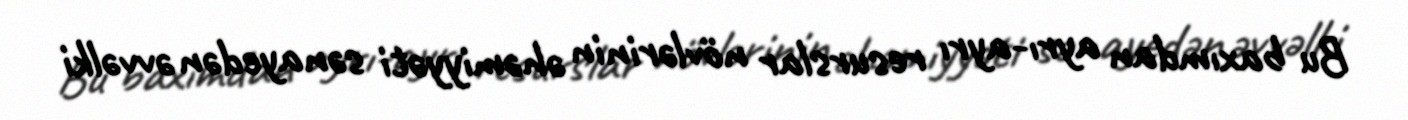
Bu baxımdan ayrı-ayrı resurslar növlərinin əhəmiyyəti sənayedən əvvəlki